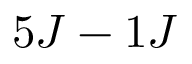
5 J - 1 J